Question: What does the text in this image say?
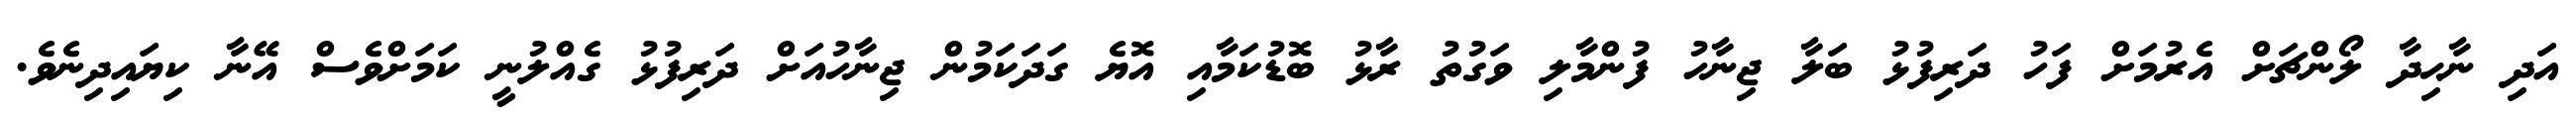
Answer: އަދި ނާޙިދާ ލޯންޗަށް އެރުމަށް ފަހު ދަރިފުޅު ބަލާ ޖިނާހު ފުންމާލި ވަގުތު ރާޅު ބޮޑުކަމާއި އޮޔެ ގަދަކަމުން ޖިނާހުއަށް ދަރިފުޅު ގެއްލުނީ ކަމަށްވެސް އޭނާ ކިޔައިދިނެވެ.